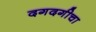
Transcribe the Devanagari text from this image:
दगदगीचा